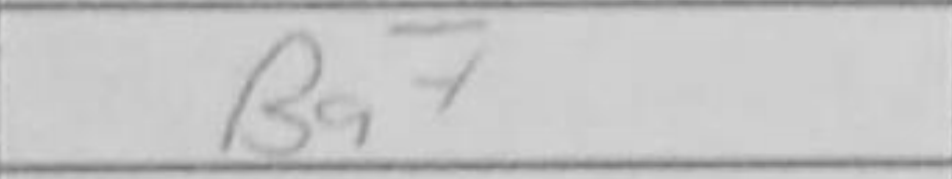
Transcription: Bg7